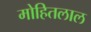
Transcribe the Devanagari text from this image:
मोहितलाल